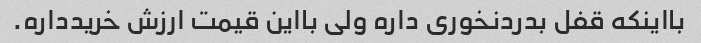
بااینکه قفل بدردنخوری داره ولی بااین قیمت ارزش خریدداره.